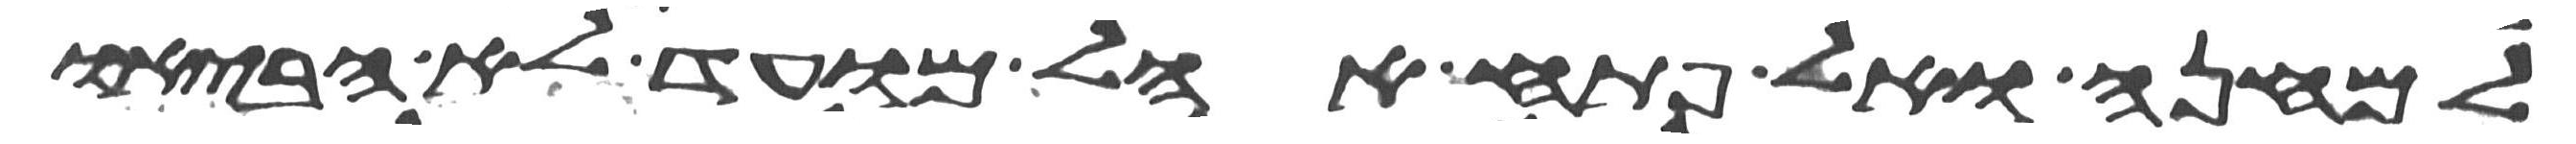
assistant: למחנה ואל פתח אהל מועד לא הביאו